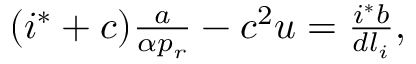
\begin{array} { r } { ( i ^ { * } + c ) \frac { a } { \alpha p _ { r } } - c ^ { 2 } u = \frac { i ^ { * } b } { d l _ { i } } , } \end{array}